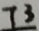
7 3